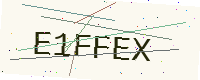
Text: E1FFEX